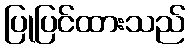
ပြုပြင်ထားသည်